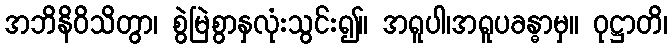
အဘိနိဝိသိတွာ၊ စွဲမြဲစွာနှလုံးသွင်း၍။ အရူပါ၊အရူပခန္ဓာမှ။ ဝုဋ္ဌာတိ၊